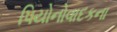
પિયોનોવાદકના